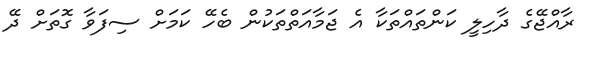
ރާއްޖޭގެ ދާހިލީ ކަންތައްތަކާ އެ ޖަމާއަތްތަކުން ބެހޭ ކަމަށް ސިފަވާ ގޮތަށް ދޭ